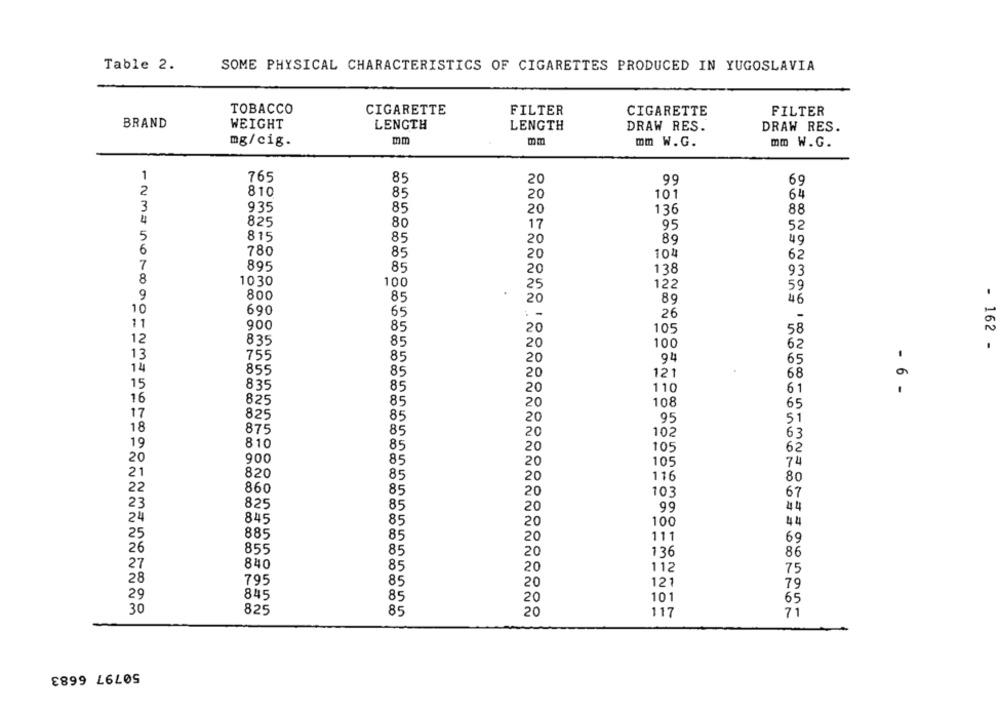
Table 2.
SOME PHYSICAL CHARACTERISTICS OF CIGARETTES PRODUCED IN YUGOSLAVIA
TOBACCO
CIGARETTE
FILTER
CIGARETTE
FILTER
BRAND
WEIGHT
LENGTH
LENGTH
DRAW RES.
DRAW RES.
mg/cig.
mm
mm W.G.
mm W.G.
1
765
85
20
99
69
2
810
85
20
101
64
3
935
85
20
136
88
4
825
80
17
95
52
5
815
85
20
89
49
6
780
85
20
104
62
7
895
85
20
138
8
93
1030
100
122
25
59
9
800
85
20
89
46
10
690
65
:-
26
11
900
85
20
105
58
12
835
85
20
100
62
- 162 -
13
755
85
20
94
65
14
855
85
20
121
68
15
835
85
20
110
61
- 6 -
16
825
85
20
108
65
17
825
85
20
95
51
18
875
8
5
20
102
63
19
810
85
20
105
62
20
900
85
20
105
74
21
820
85
20
116
80
22
860
85
20
103
67
23
825
85
20
99
44
24
845
85
20
100
44
25
885
85
20
111
69
26
855
85
20
136
86
27
840
85
20
112
75
28
795
85
20
121
79
29
845
nunonn
85
101
20
65
30
825
85
20
71
117
50797 6683